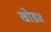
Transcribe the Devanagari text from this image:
खोड॥